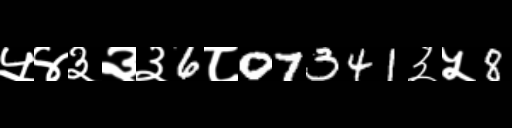
Text: ५४३३३6८07341३५8